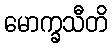
မောက္ခသီတိ